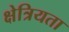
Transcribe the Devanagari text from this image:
क्षेत्रियता